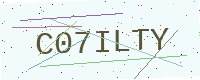
Text: C07ILTY